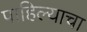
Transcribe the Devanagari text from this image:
पाहिल्याचा